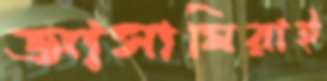
আসামিরাই